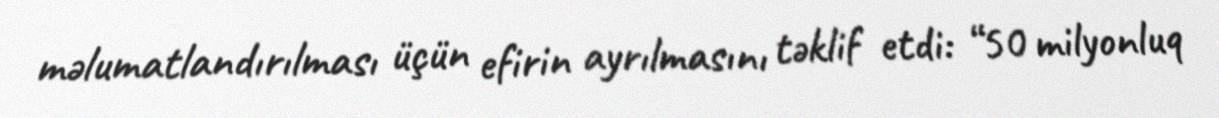
məlumatlandırılması üçün efirin ayrılmasını təklif etdi: “50 milyonluq